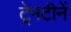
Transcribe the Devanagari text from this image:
ट्रेनटीनें